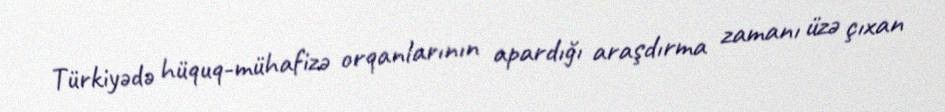
Türkiyədə hüquq-mühafizə orqanlarının apardığı araşdırma zamanı üzə çıxan